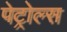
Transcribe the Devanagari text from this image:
पेट्रोल्स